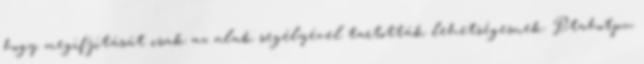
hogy megifjítását csak az alak segélyével tartották lehetségesnek. Ptahotpu